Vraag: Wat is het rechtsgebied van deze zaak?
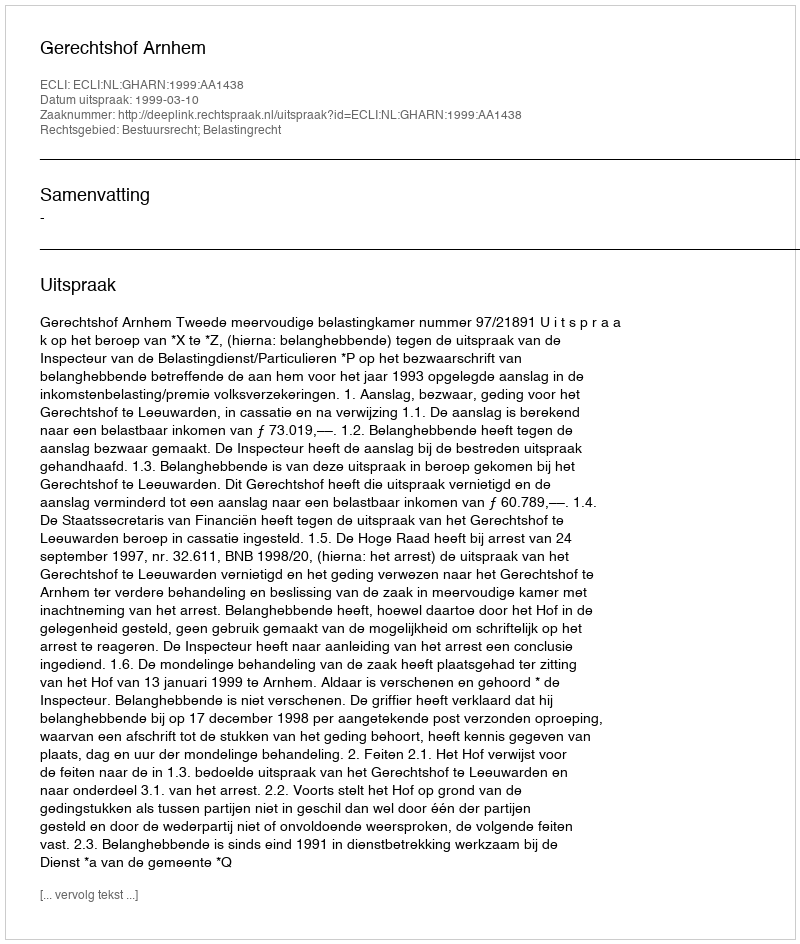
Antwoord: Bestuursrecht; Belastingrecht